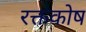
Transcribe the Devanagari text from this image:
रक्तकोष